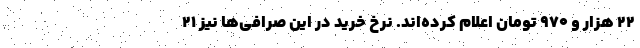
۲۲ هزار و ۹۷۰ تومان اعلام کرده‌اند. نرخ خرید در این صرافی‌ها نیز ۲۱